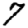
Digit: 7